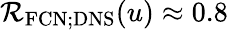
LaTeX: \mathcal{R}_{\mathrm{{FCN;DNS}}}(u)\approx0.8